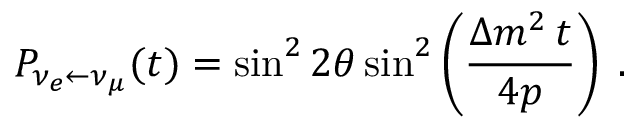
P _ { \nu _ { e } \leftarrow \nu _ { \mu } } ( t ) = \sin ^ { 2 } 2 \theta \sin ^ { 2 } \left( \frac { \Delta m ^ { 2 } \, t } { 4 p } \right) \; .